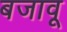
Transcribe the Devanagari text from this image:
बजावू